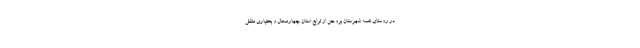
در روستای نغمه شهرستان بروجن از توابع استان چهارمحال و بختیاری منتقل